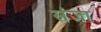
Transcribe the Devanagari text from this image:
संंज्ञा